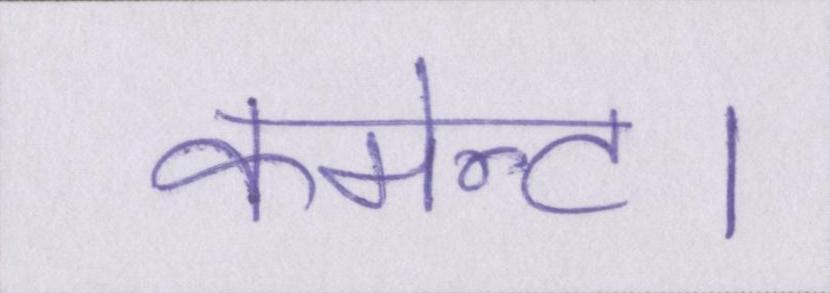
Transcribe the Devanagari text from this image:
कमेन्ट।